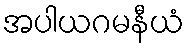
အပါယဂမနီယံ